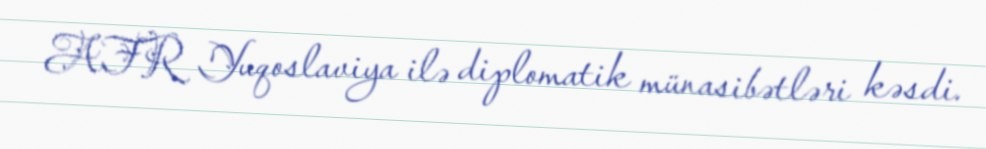
AFR Yuqoslaviya ilə diplomatik münasibətləri kəsdi.